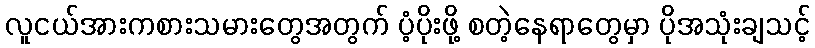
လူငယ်အားကစားသမားတွေအတွက် ပံ့ပိုးဖို့ စတဲ့နေရာတွေမှာ ပိုအသုံးချသင့်